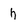
Character: h